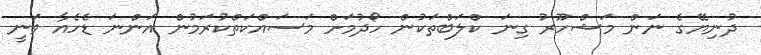
ދުނިޔޭގެ ނަން މަޝްހޫރު ގިނަ ކްލަބްތަކުން ހޯދުމަށް މަސައްކަތްކުރަމުން އަންނަ ޑެހެއާ ވަނީ